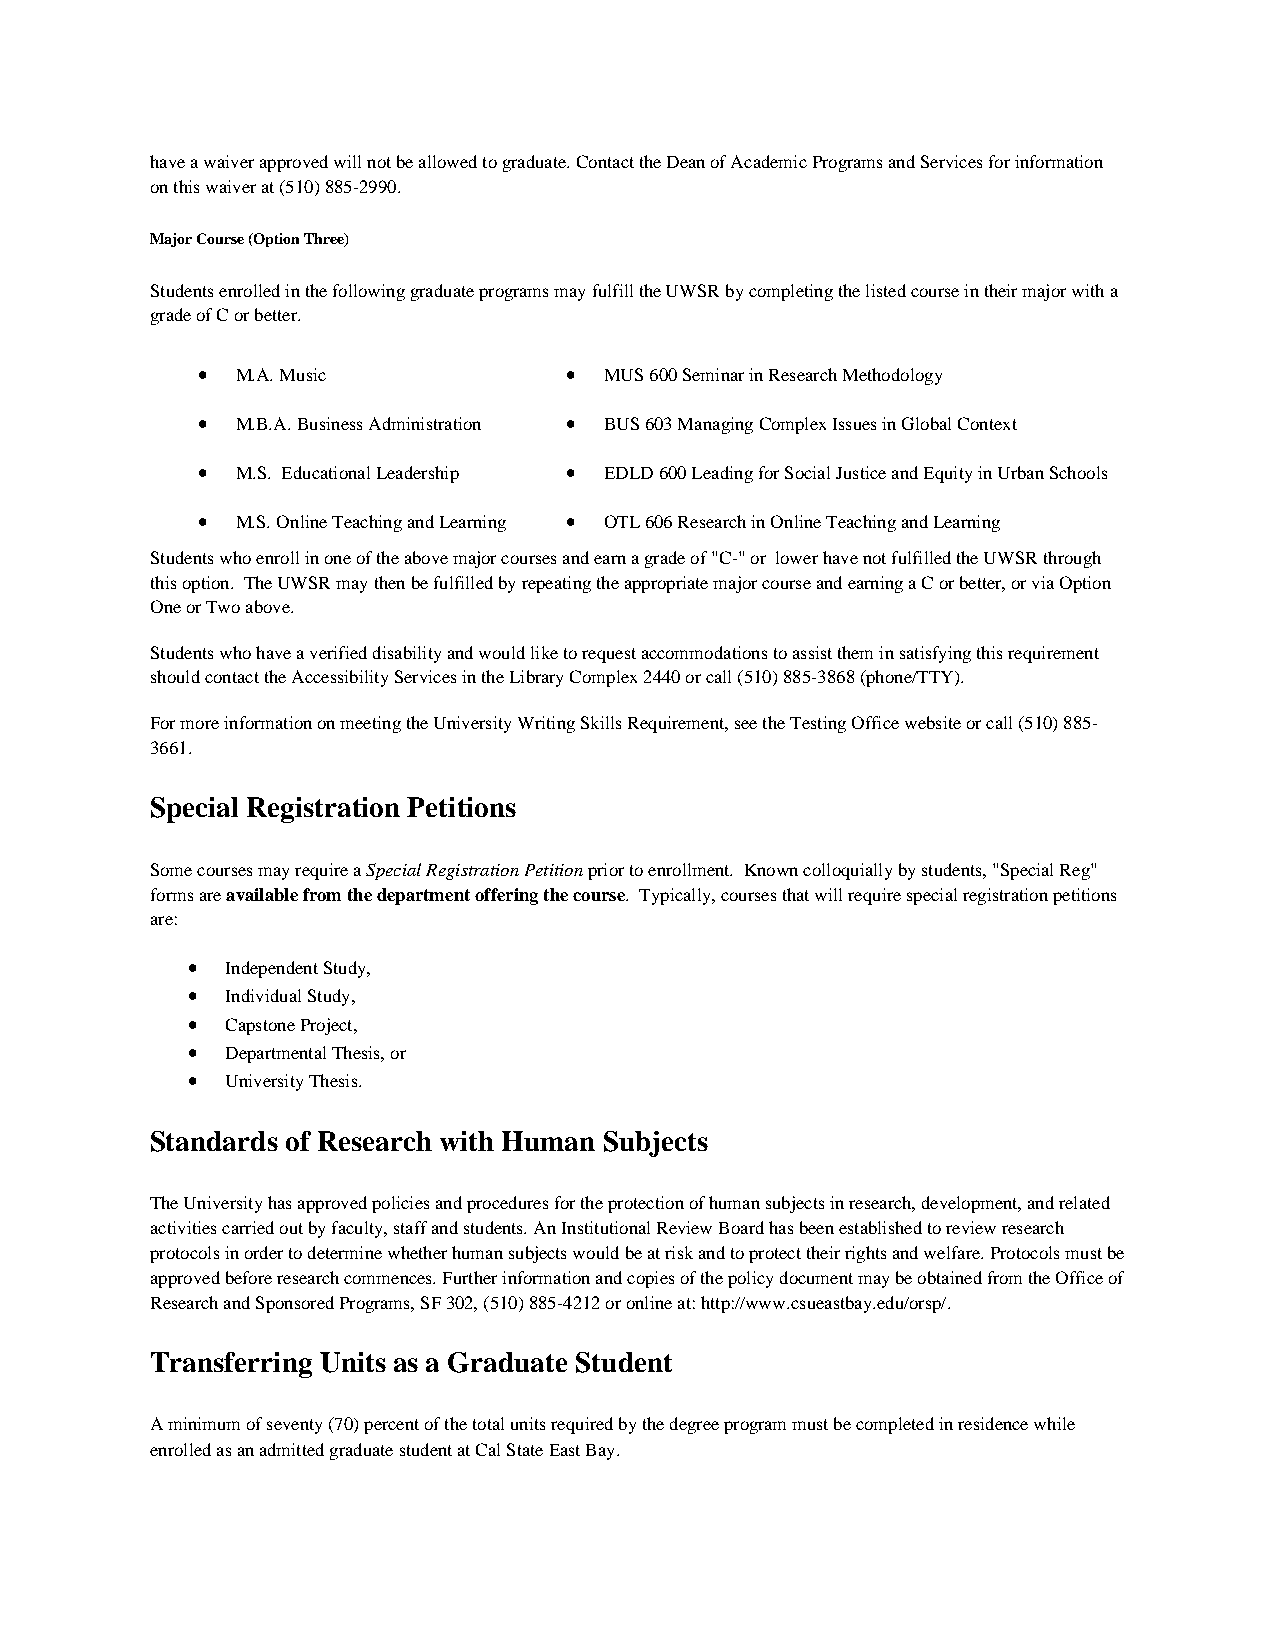
have a waiver approved will not be allowed to graduate. Contact the Dean of Academic Programs and Services for information
 on this waiver at (510) 885-2990.
 Major Course (Option Three)
 Students enrolled in the following graduate programs may fulfill the UWSR by completing the listed course in their major with a
 grade of C or better.
 •  M.A. Music           •  MUS 600 Seminar in Research Methodology
 •  M.B.A. Business Administration • BUS 603 Managing Complex Issues in Global Context
 •  M.S. Educational Leadership • EDLD 600 Leading for Social Justice and Equity in Urban Schools
 •  M.S. Online Teaching and Learning • OTL 606 Research in Online Teaching and Learning
 Students who enroll in one of the above major courses and earn a grade of "C-" or lower have not fulfilled the UWSR through
 this option. The UWSR may then be fulfilled by repeating the appropriate major course and earning a C or better, or via Option
 One or Two above.
 Students who have a verified disability and would like to request accommodations to assist them in satisfying this requirement
 should contact the Accessibility Services in the Library Complex 2440 or call (510) 885-3868 (phone/TTY).
 For more information on meeting the University Writing Skills Requirement, see the Testing Office website or call (510) 885-
 3661.
 Special Registration Petitions
 Some courses may require a Special Registration Petition prior to enrollment. Known colloquially by students, "Special Reg"
 forms are available from the department offering the course. Typically, courses that will require special registration petitions
 are:
 •  Independent Study,
 •  Individual Study,
 •  Capstone Project,
 •  Departmental Thesis, or
 •  University Thesis.
 Standards of Research with Human Subjects
 The University has approved policies and procedures for the protection of human subjects in research, development, and related
 activities carried out by faculty, staff and students. An Institutional Review Board has been established to review research
 protocols in order to determine whether human subjects would be at risk and to protect their rights and welfare. Protocols must be
 approved before research commences. Further information and copies of the policy document may be obtained from the Office of
 Research and Sponsored Programs, SF 302, (510) 885-4212 or online at: http://www.csueastbay.edu/orsp/.
 Transferring Units as a Graduate Student
 A minimum of seventy (70) percent of the total units required by the degree program must be completed in residence while
 enrolled as an admitted graduate student at Cal State East Bay.